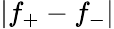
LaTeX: |f_{+}-f_{-}|